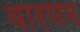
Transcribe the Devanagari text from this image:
वारणम